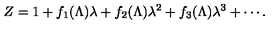
Z = 1 + f _ { 1 } ( \Lambda ) \lambda + f _ { 2 } ( \Lambda ) \lambda ^ { 2 } + f _ { 3 } ( \Lambda ) \lambda ^ { 3 } + \cdots .